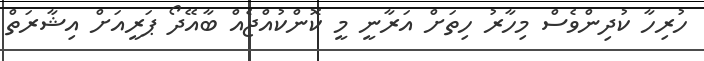
ހުރިހާ ކުދިންވެސް މިހާރު ހިތަށް އަރާނީ މީ ކޮންކުއްޖެއް ބާއޭދޯ ޕަރީއަށް އިޝާރަތް